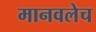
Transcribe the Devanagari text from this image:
मानवलेच